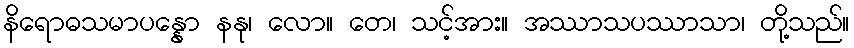
နိရောဓသမာပန္နော နနု၊ လော။ တေ၊ သင့်အား။ အဿာသပဿာသာ၊ တို့သည်။